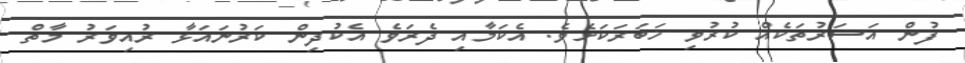
ފުން އަސަރުތަކެއް ކުރުވި ޚަބަރަކަށެވެ. އެކަމާއި ދެރަވެ އެކުދިން ކަރުނައަޅާ ރުއިވަރު މާތް